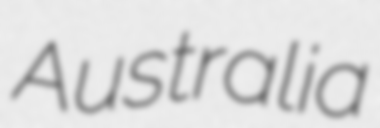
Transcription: Australia